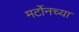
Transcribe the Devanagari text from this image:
मर्टोनच्या